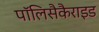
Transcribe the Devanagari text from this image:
पॉलिसैकैराइड